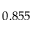
0 . 8 5 5